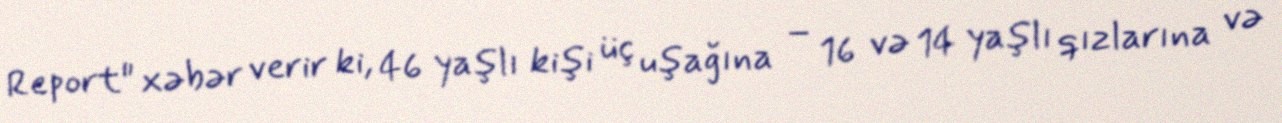
Report" xəbər verir ki, 46 yaşlı kişi üç uşağına – 16 və 14 yaşlı qızlarına və